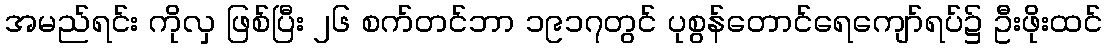
အမည်ရင်း ကိုလှ ဖြစ်ပြီး ၂၆ စက်တင်ဘာ ၁၉၁၇တွင် ပုစွန်တောင်ရေကျော်ရပ်၌ ဦးဖိုးထင်